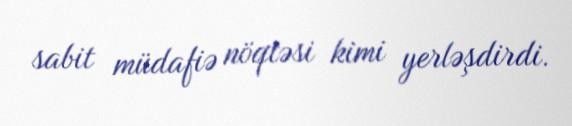
sabit müdafiə nöqtəsi kimi yerləşdirdi.